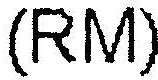
(RM)